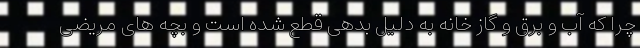
چرا که آب و برق و گاز خانه به دلیل بدهی قطع شده است و بچه های مریضی